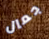
جمال